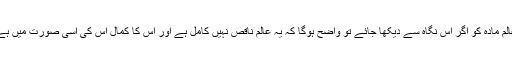
عالم مادہ کو اگر اس نگاہ سے دیکھا جائے تو واضح ہوگا کہ یہ عالم ناقص نہیں کامل ہے اور اس کا کمال اس کی اسی صورت میں ہے۔